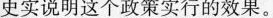
史实说明这个政策实行的效果。